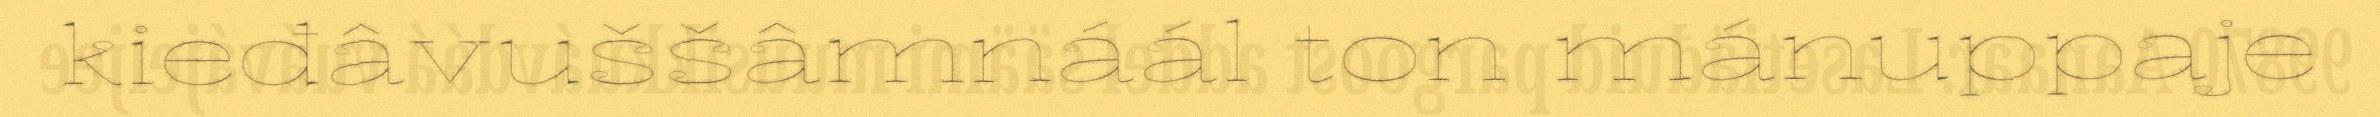
kieđâvuššâmnáál ton mánuppaje